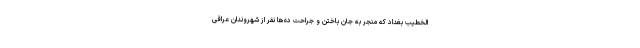
الخطیب بغداد که منجر به جان باختن و جراحت ده‌ها نفر از شهروندان عراقی